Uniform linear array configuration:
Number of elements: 32
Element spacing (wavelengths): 0.5
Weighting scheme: uniform
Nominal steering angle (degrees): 15
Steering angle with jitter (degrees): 13.265
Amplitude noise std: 0.05
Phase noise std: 0.05

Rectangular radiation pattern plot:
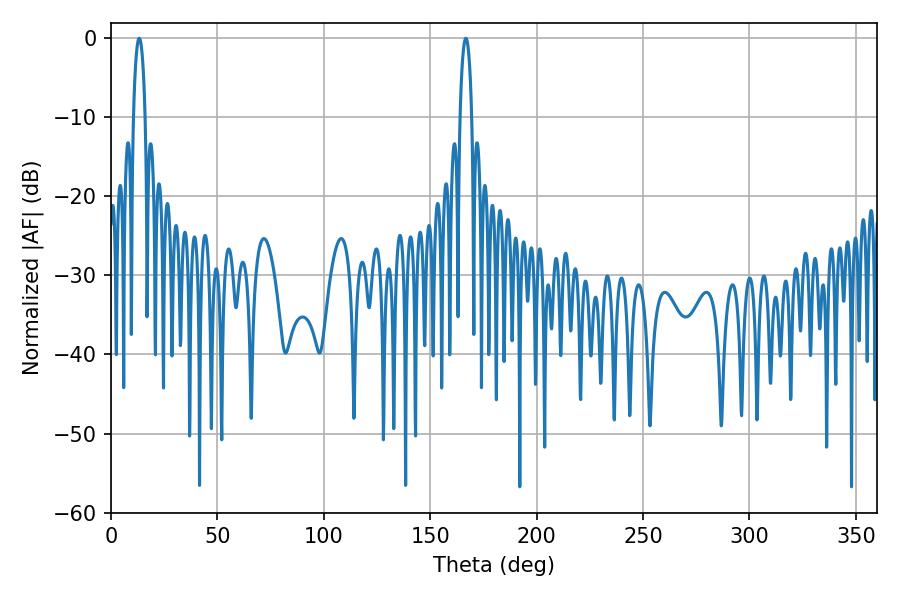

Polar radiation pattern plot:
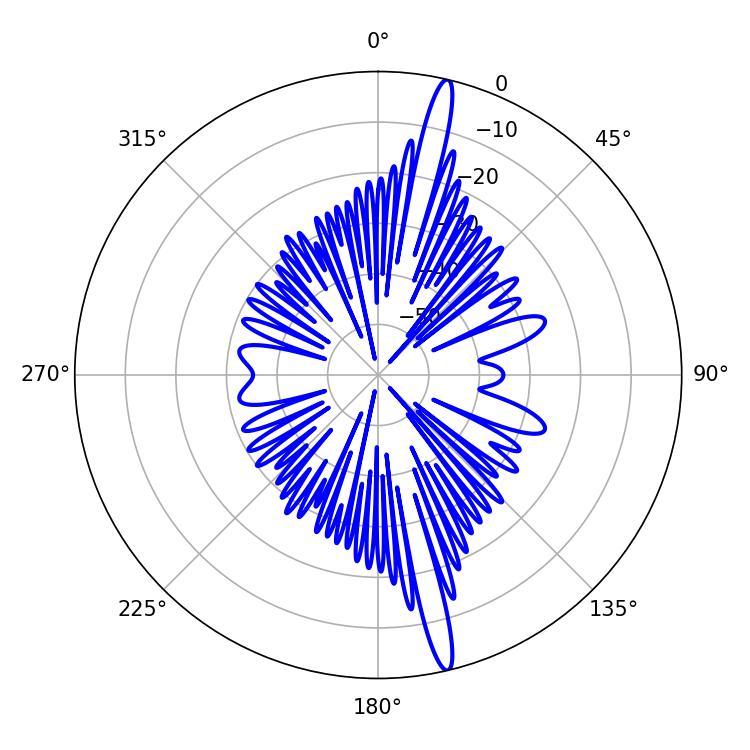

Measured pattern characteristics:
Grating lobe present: FALSE
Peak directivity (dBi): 18.287
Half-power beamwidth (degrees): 3.06
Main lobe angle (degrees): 13.32